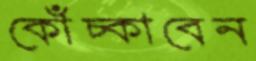
কোঁচ্‌কাবেন